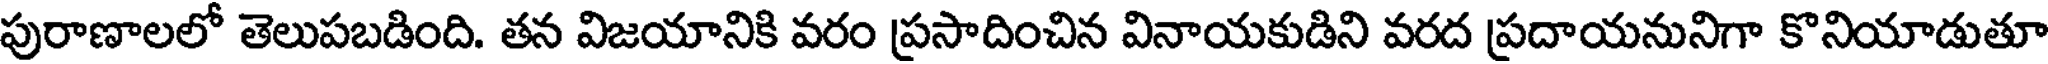
పురాణాలలో తెలుపబడింది. తన విజయానికి వరం ప్రసాదించిన వినాయకుడిని వరద ప్రదాయనునిగా కొనియాడుతూ